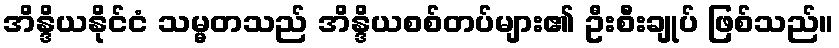
အိန္ဒိယနိုင်ငံ သမ္မတသည် အိန္ဒိယစစ်တပ်များ၏ ဦးစီးချုပ် ဖြစ်သည်။